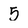
Character: 5